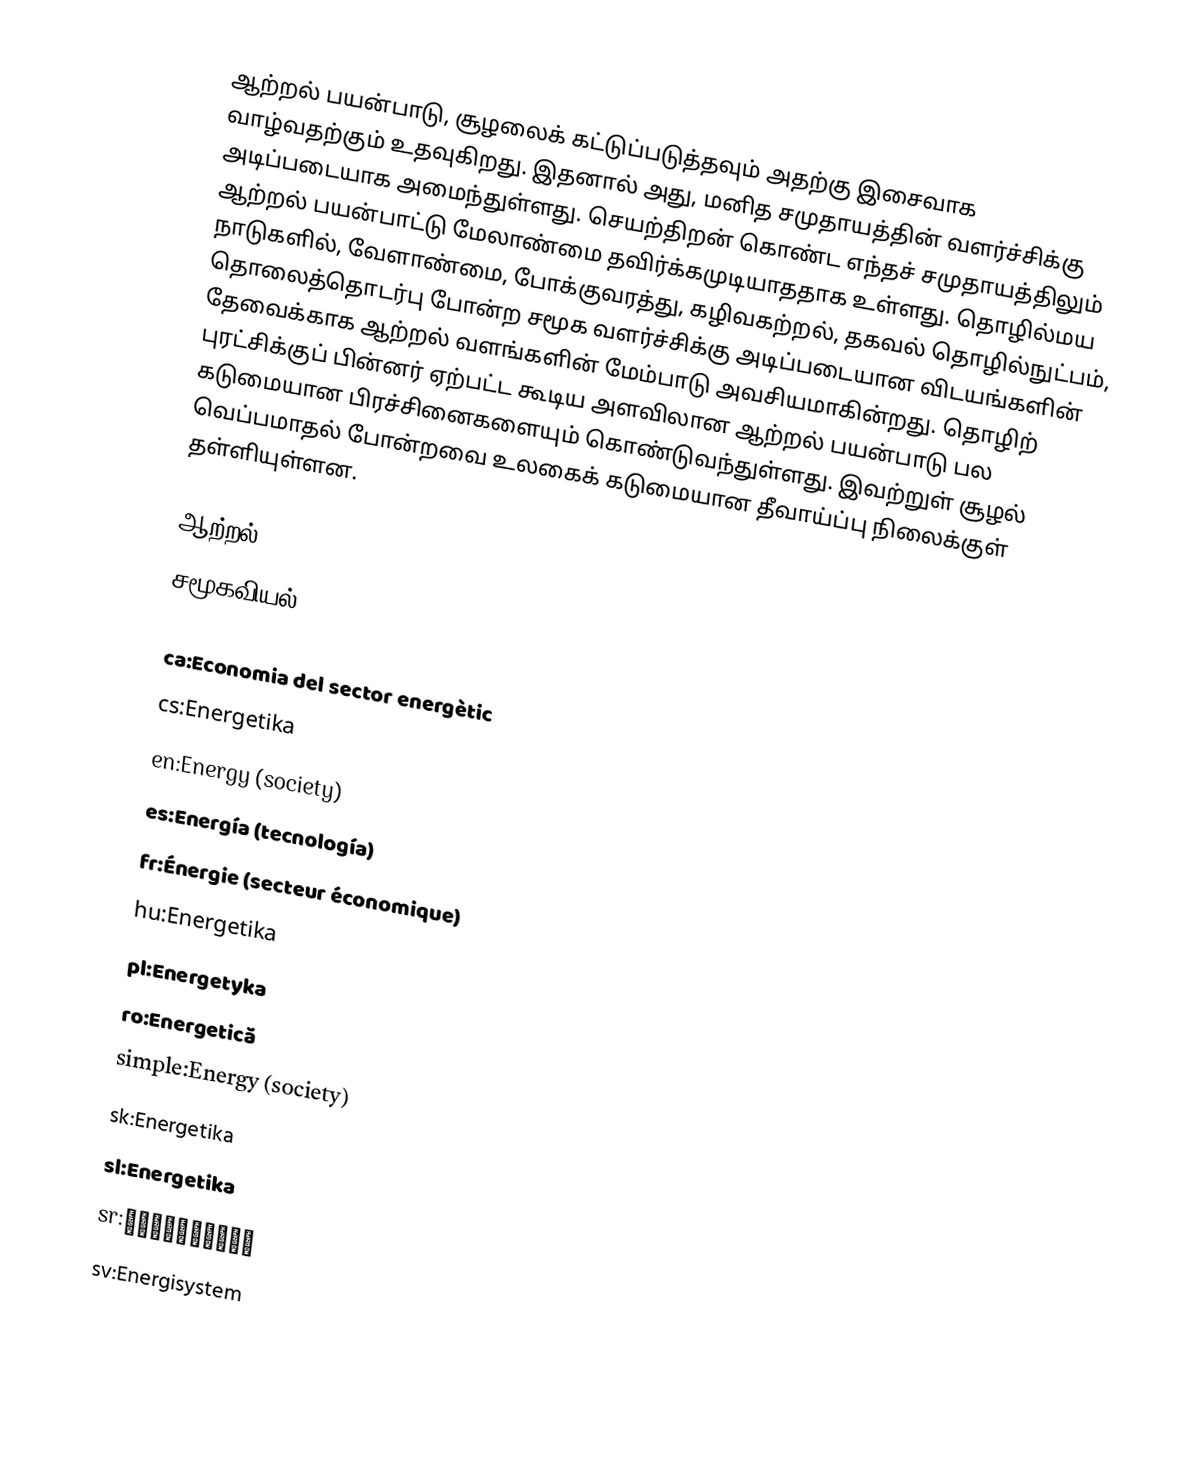
ஆற்றல் பயன்பாடு, சூழலைக் கட்டுப்படுத்தவும் அதற்கு இசைவாக வாழ்வதற்கும் உதவுகிறது. இதனால் அது, மனித சமுதாயத்தின் வளர்ச்சிக்கு அடிப்படையாக அமைந்துள்ளது. செயற்திறன் கொண்ட எந்தச் சமுதாயத்திலும் ஆற்றல் பயன்பாட்டு மேலாண்மை தவிர்க்கமுடியாததாக உள்ளது. தொழில்மய நாடுகளில், வேளாண்மை, போக்குவரத்து, கழிவகற்றல், தகவல் தொழில்நுட்பம், தொலைத்தொடர்பு போன்ற சமூக வளர்ச்சிக்கு அடிப்படையான விடயங்களின் தேவைக்காக ஆற்றல் வளங்களின் மேம்பாடு அவசியமாகின்றது. தொழிற் புரட்சிக்குப் பின்னர் ஏற்பட்ட கூடிய அளவிலான ஆற்றல் பயன்பாடு பல கடுமையான பிரச்சினைகளையும் கொண்டுவந்துள்ளது. இவற்றுள் சூழல் வெப்பமாதல் போன்றவை உலகைக் கடுமையான தீவாய்ப்பு நிலைக்குள் தள்ளியுள்ளன.

ஆற்றல்
சமூகவியல்

ca:Economia del sector energètic
cs:Energetika
en:Energy (society)
es:Energía (tecnología)
fr:Énergie (secteur économique)
hu:Energetika
pl:Energetyka
ro:Energetică
simple:Energy (society)
sk:Energetika
sl:Energetika
sr:Енергетика
sv:Energisystem